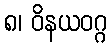
၈၊ ဝိနယဝဂ္ဂ